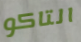
التاكو